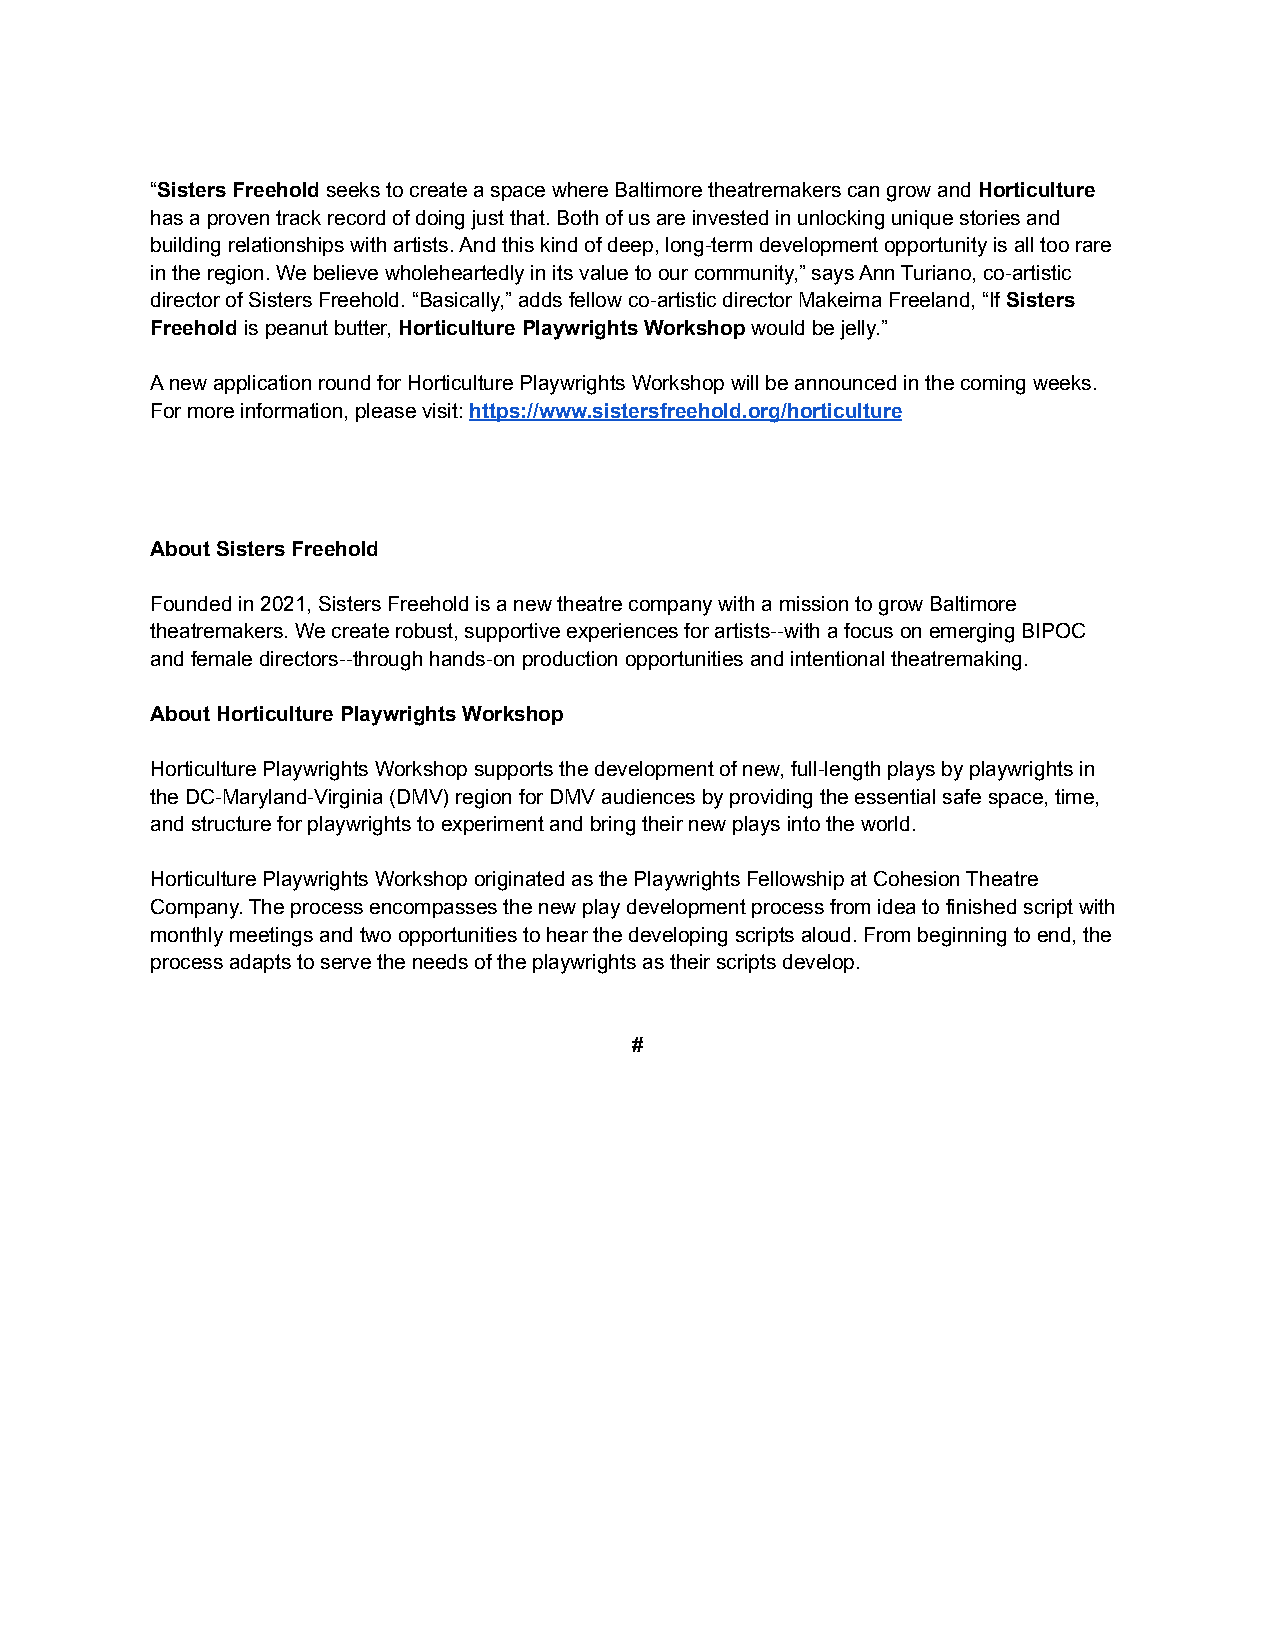
“Sisters Freeholdseeks to create a space where Baltimoretheatremakers can grow andHorticulture
 has a proven track record of doing just that. Both of us are invested in unlocking unique stories and
 building relationships with artists. And this kind of deep, long-term development opportunity is all too rare
 in the region. We believe wholeheartedly in its value to our community,” says Ann Turiano, co-artistic
 director of Sisters Freehold. “Basically,” adds fellow co-artistic director Makeima Freeland, “IfSisters
 Freeholdis peanut butter,Horticulture PlaywrightsWorkshopwould be jelly.”
 A new application round for Horticulture Playwrights Workshop will be announced in the coming weeks.
 For more information, please visit:https://www.sistersfreehold.org/horticulture
 About Sisters Freehold
 Founded in 2021, Sisters Freehold is a new theatre company with a mission to grow Baltimore
 theatremakers. We create robust, supportive experiences for artists--with a focus on emerging BIPOC
 and female directors--through hands-on production opportunities and intentional theatremaking.
 About Horticulture Playwrights Workshop
 Horticulture Playwrights Workshop supports the development of new, full-length plays by playwrights in
 the DC-Maryland-Virginia (DMV) region for DMV audiences by providing the essential safe space, time,
 and structure for playwrights to experiment and bring their new plays into the world.
 Horticulture Playwrights Workshop originated as the Playwrights Fellowship at Cohesion Theatre
 Company. The process encompasses the new play development process from idea to finished script with
 monthly meetings and two opportunities to hear the developing scripts aloud. From beginning to end, the
 process adapts to serve the needs of the playwrights as their scripts develop.
 #